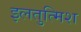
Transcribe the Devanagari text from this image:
इलतुत्मिश